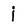
Character: j